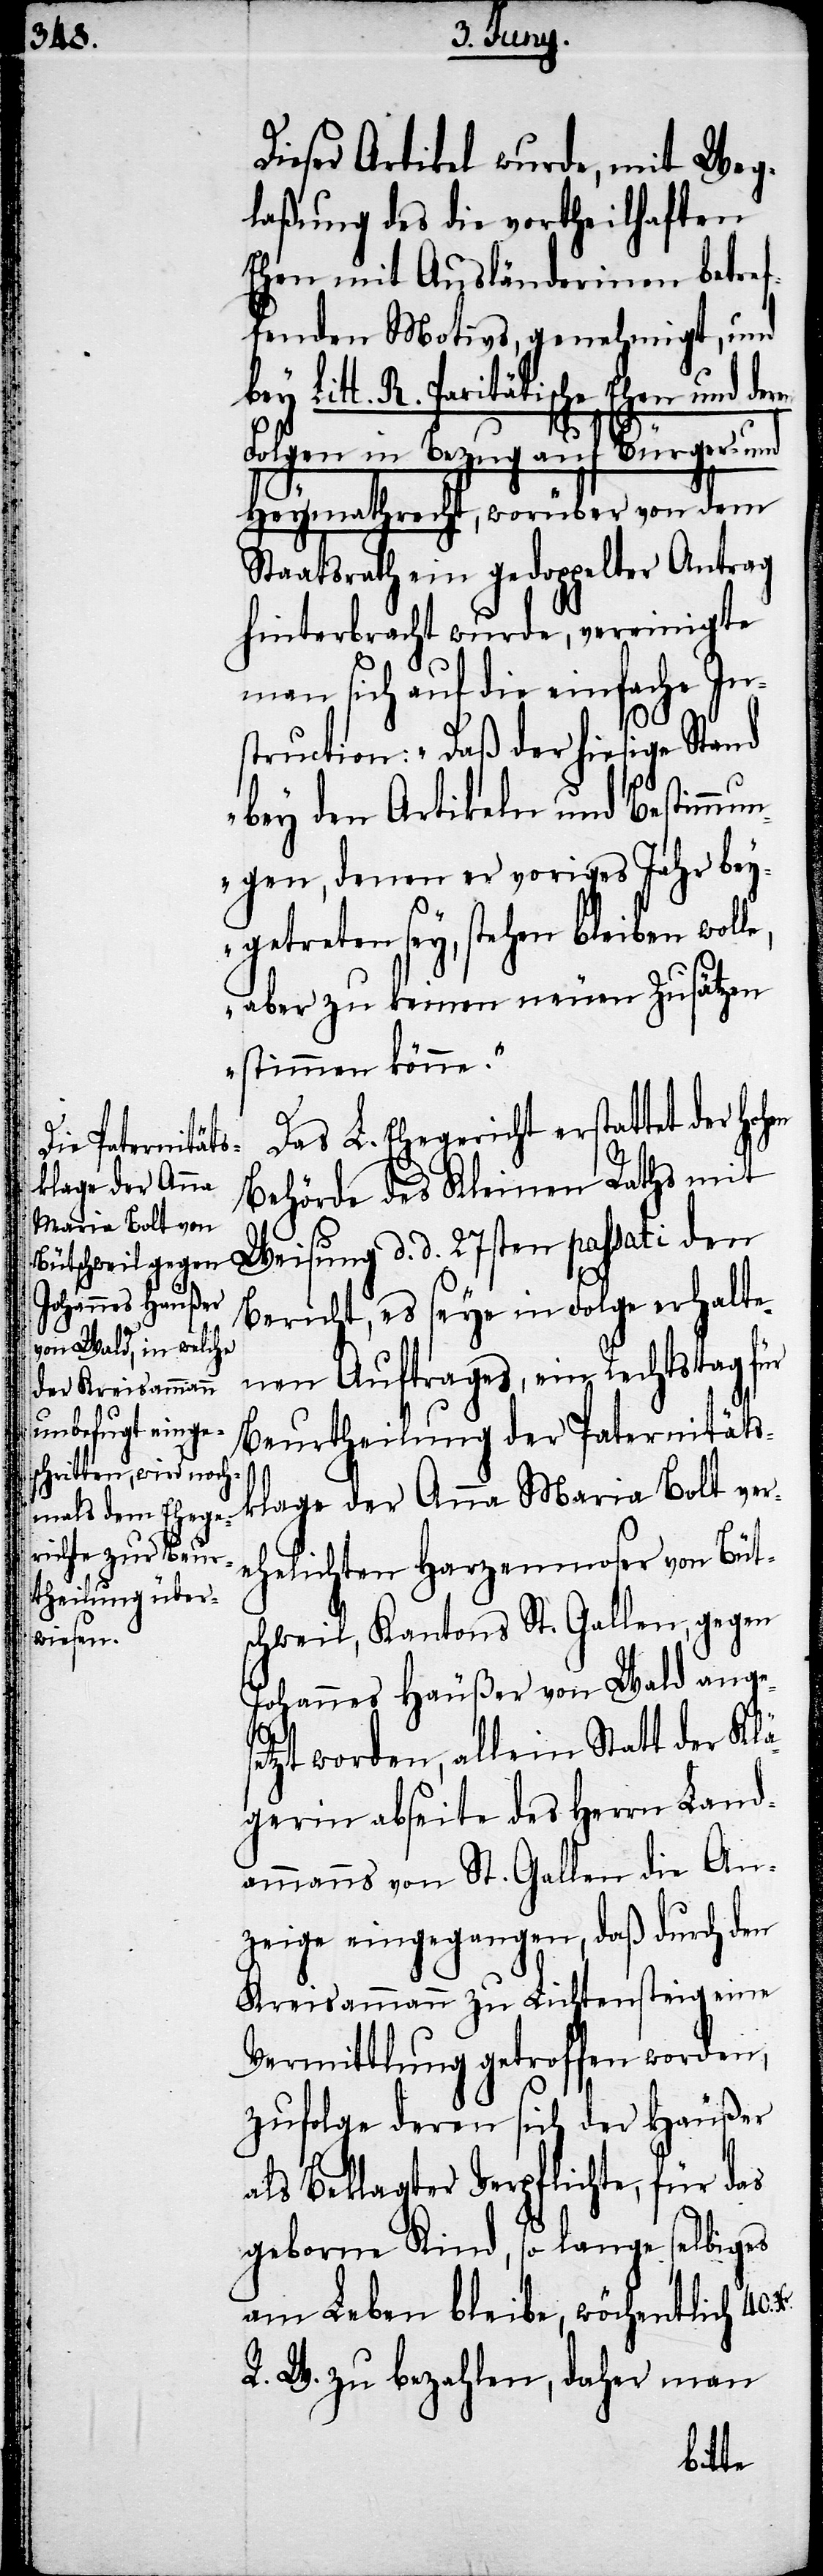
Dieser Artikel wurde, mit Weg¬
laßung des die vortheilhaften
Ehen mit Ausländerinnen betref¬
fenden Motivs, genehmigt, und
bey Litt. R. Paritätische Ehen und der¬
Folgen in Bezug auf Bürger- und
Heymathrecht, worüber von dem
Staatsrath ein gedoppelter Antrag
hinterbracht wurde, vereinigte
man sich auf die einfache In¬
struction: „Daß der hiesige Stand
bey den Artikeln und Bestimmun¬
gen, denen er voriges Jahr bey¬
getreten sey, stehen bleiben woll¬
aber zu keinen neuen Zusätzen
stimmen könne.“
Das L. Ehegericht erstattet der hoh¬
Behörde des Kleinen Raths mit
Weisung d. d. 27sten passati den
Bericht, es seye in Folge erhalte¬
nen Auftrages, ein Rechtstag für
Beurtheilung der Paternitäts¬
klage der Anna Maria Bolt ver¬
ehelichten Harzenmoser von Büts¬
chweil, Kantons St. Gallen, gegen
Johannes Häußer von Wald ange¬
s¬
etzt worden, allein Statt der Klä¬
gerin abseite des Herrn Land¬
ammanns von St. Gallen die An¬
zeige eingegangen, daß durch den
Kreisammann zu Lichtensteig eine
Vermittlung getroffen worden,
zufolge deren sich der Häußer
als Beklagter verpflichte, für das
geborne Kind, so lange selbiges
am Leben bleibe, wöchentlich 40.
R. W. zu bezahlen, daher man